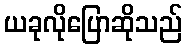
ယခုလိုပြောဆိုသည်